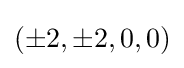
(\pm 2,\pm 2,0,0)